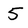
Character: 5